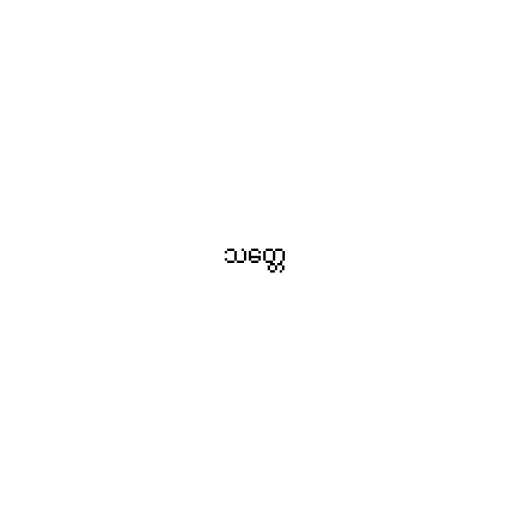
သတ္တေ